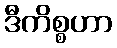
ဒီကိစ္စဟာ